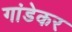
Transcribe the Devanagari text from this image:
गांडेकर